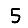
Digit: 5